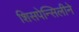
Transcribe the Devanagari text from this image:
शिसपेन्सिलीने